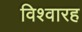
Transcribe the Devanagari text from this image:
विश्वारह